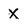
Character: X